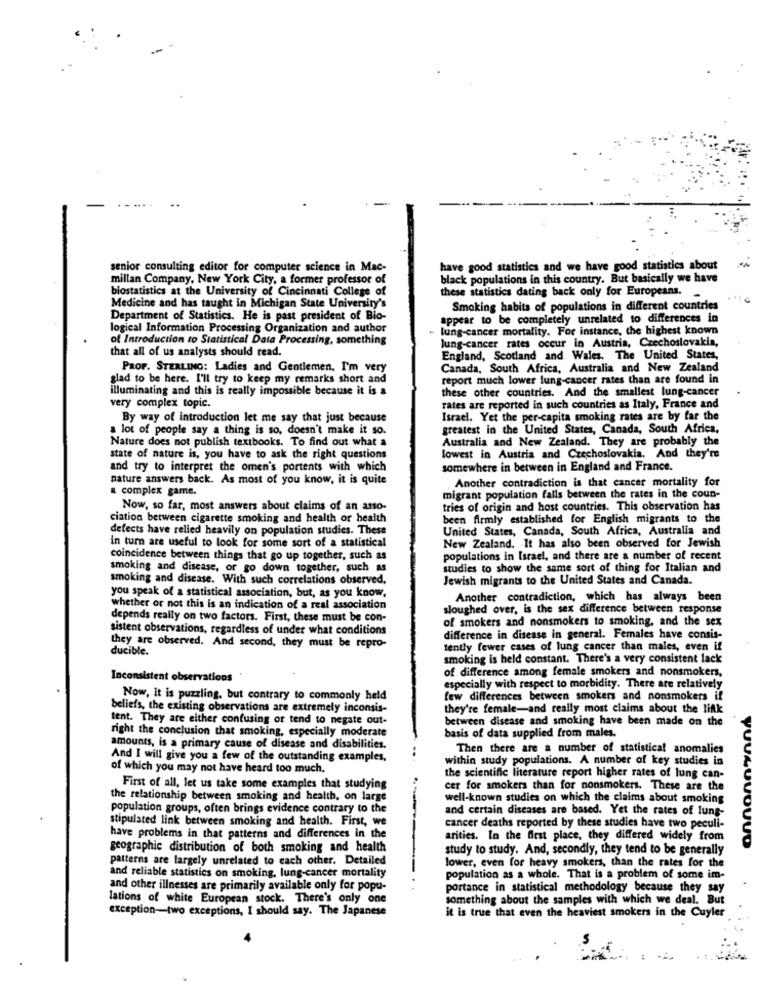
-
senior consulting editor for computer science in Mac-
have good statistics and we have good statistics about
millan Company, New York City, a former professor of
black populations in this country. But basically we have
biostatistics at the University of Cincinnati College of
these statistics dating back only for Europeans.
Medicine and has taught in Michigan State University's
Smoking habits of populations in different countries
Department of Statistics. He is past president of Bio-
appear to be completely unrelated to differences in
logical Information Processing Organization and author
lung-cancer mortality. For instance, the highest known
of Introduction to Statistical Data Processing, something
Jung-cancer rates occur in Austria, Czechoslovakia,
that all of us analysts should read.
England, Scotland and Wales. The United States,
PROF. STERLING: Ladies and Gentlemen. I'm very
Canada, South Africa, Australia and New Zealand
glad to be here. I'll try to keep my remarks short and
report much lower lung-cancer rates than are found in
illuminating and this is really impossible because it is a
these other countries. And the smallest lung-cancer
very complex topic.
rates are reported in such countries as Italy, France and
By way of introduction let me say that just because
Israel. Yet the per-capita smoking rates are by far the
a lot of people say a thing is so, doesn't make it so.
greatest in the United States, Canada, South Africa,
Nature does not publish textbooks. To find out what a
Australia and New Zealand. They are probably the
state of nature is, you have to ask the right questions
lowest in Austria and Czechoslovakia. And they're
and try to interpret the omen's portents with which
somewhere in between in England and France.
nature answers back. As most of you know, it is quite
Another contradiction is that cancer mortality for
a complex game.
migrant population falls between the rates in the coun-
Now, so far, most answers about claims of an asso-
tries of origin and host countries. This observation has
ciation between cigarette smoking and health or health
been firmly established for English migrants to the
defects have relied heavily on population studies. These
United States, Canada, South Africa, Australia and
in turn are useful to look for some sort of a statistical
New Zealand. It has also been observed for Jewish
coincidence between things that go up together, such as
populations in Israel, and there are a number of recent
smoking and disease, or go down together, such as
studies to show the same sort of thing for Italian and
smoking and disease. With such correlations observed,
Jewish migrants to the United States and Canada.
you speak of a statistical association, but, as you know.
Another contradiction, which has always been
whether or not this is an indication of a real association
sloughed over, is the sex difference between response
depends really on two factors. First, these must be con-
of smokers and nonsmokers to smoking, and the sex
sistent observations, regardless of under what conditions
difference in disease in general. Females have consis-
they are observed. And second, they must be repro-
ducible.
tently fewer cases of lung cancer than males, even if
smoking is held constant. There's a very consistent lack
of difference among female smokers and nonsmokers,
Inconsistent observations
especially with respect to morbidity. There are relatively
Now, it is puzzling, but contrary to commonly held
few differences between smokers and nonsmokers if
beliefs, the existing observations are extremely inconsis-
they're female-and really most claims about the link
tent. They are either confusing or tend to negate out-
between disease and smoking have been made on the
right the conclusion that smoking, especially moderate
basis of data supplied from males.
amounts, is a primary cause of disease and disabilities.
..
Then there are a number of statistical anomalies
And I will give you a few of the outstanding examples,
within study populations. A number of key studies in
of which you may not have heard too much.
the scientific literature report higher rates of lung can-
First of all, let us take some examples that studying
cer for smokers than for nonsmokers. These are the
the relationship between smoking and health, on large
well-known studies on which the claims about smoking
population groups, often brings evidence contrary to the
and certain diseases are based. Yet the rates of lung-
stipulated link between smoking and health. First, we
cancer deaths reported by these studies have two peculi-
have problems in that patterns and differences in the
arities. In the first place, they differed widely from
YUULUVOUUD
geographic distribution of both smoking and health
study to study. And, secondly, they tend to be generally
patterns are largely unrelated to each other. Detailed
lower, even for heavy smokers, than the rates for the
and reliable statistics on smoking, lung-cancer mortality
population as a whole. That is a problem of some im-
and other illnesses are primarily available only for popu-
portance in statistical methodology because they say
lations of white European stock. There's only one
something about the samples with which we deal. But
exception-two exceptions, I should say. The Japanese
it is true that even the heaviest smokers in the Cuyler